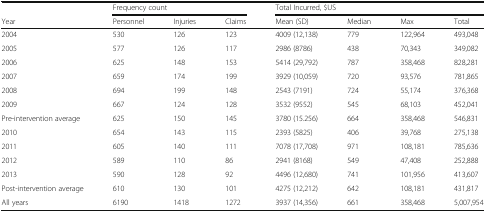
|  | <COLSPAN=3> Frequency count | <COLSPAN=4> Total Incurred, $US |
 | Year | Personnel | Injuries | Claims | Mean (SD) | Median | Max | Total |
 | --- | --- | --- | --- | --- | --- | --- | --- |
 | 2004 | 530 | 126 | 123 | 4009 (12,138) | 779 | 122,964 | 493,048 |
 | 2005 | 577 | 126 | 117 | 2986 (8786) | 438 | 70,343 | 349,082 |
 | 2006 | 625 | 148 | 153 | 5414 (29,792) | 787 | 358,468 | 828,281 |
 | 2007 | 659 | 174 | 199 | 3929 (10,059) | 720 | 93,576 | 781,865 |
 | 2008 | 694 | 199 | 148 | 2543 (7191) | 724 | 55,174 | 376,368 |
 | 2009 | 667 | 124 | 128 | 3532 (9552) | 545 | 68,103 | 452,041 |
 | Pre-intervention average | 625 | 150 | 145 | 3780 (15.256) | 664 | 358,468 | 546,831 |
 | 2010 | 654 | 143 | 115 | 2393 (5825) | 406 | 39,768 | 275,138 |
 | 2011 | 605 | 140 | 111 | 7078 (17,708) | 971 | 108,181 | 785,636 |
 | 2012 | 589 | 110 | 86 | 2941 (8168) | 549 | 47,408 | 252,888 |
 | 2013 | 590 | 128 | 92 | 4496 (12,680) | 741 | 101,956 | 413,607 |
 | Post-intervention average | 610 | 130 | 101 | 4275 (12,212) | 642 | 108,181 | 431,817 |
 | All years | 6190 | 1418 | 1272 | 3937 (14,356) | 661 | 358,468 | 5,007,954 |